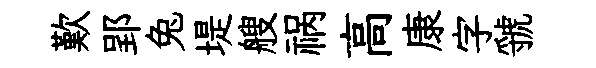
歎郢兔堤艘祸高康字虢